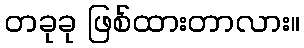
တခုခု ဖြစ်ထားတာလား။